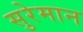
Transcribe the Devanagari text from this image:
सुरेमान